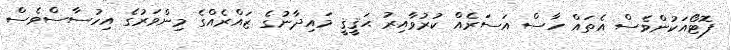
ފޮޓޯއަކުންވެސް އެތައް ހާސް އަސަރެއް ކުރުވާއިރު ޙަޤީޤީ މައިދާނުގެ ޒައްރެއްގެ މިންވަރުގެ އިހުސާސްވެސް